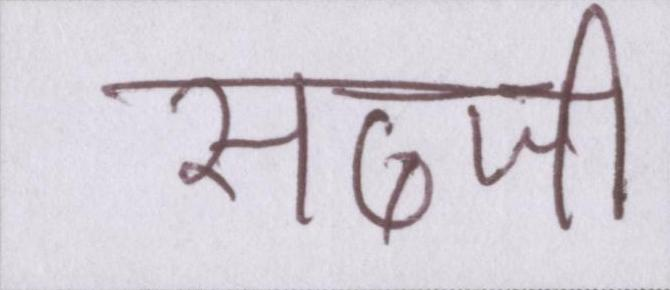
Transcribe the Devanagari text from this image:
सब्जी